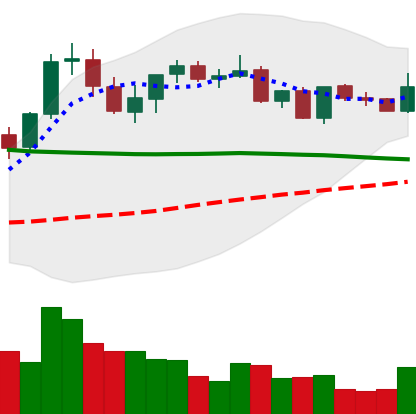
Ticker: XRP-USD
Chart end date: 2021-08-31
Forward return: 9.928%
Label: up_7plus